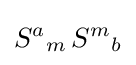
{S^{a}}_{m}\,{S^{m}}_{b}